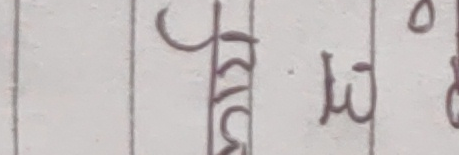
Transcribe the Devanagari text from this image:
श्री मि०